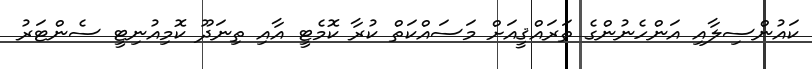
ކައުންސިލާއި އަންހެނުންގެ ތަރައްޤީއަށް މަސައްކަތް ކުރާ ކޮމެޓީ އާއި ތިނަދޫ ކޮމިއުނިޓީ ސެންޓަރު